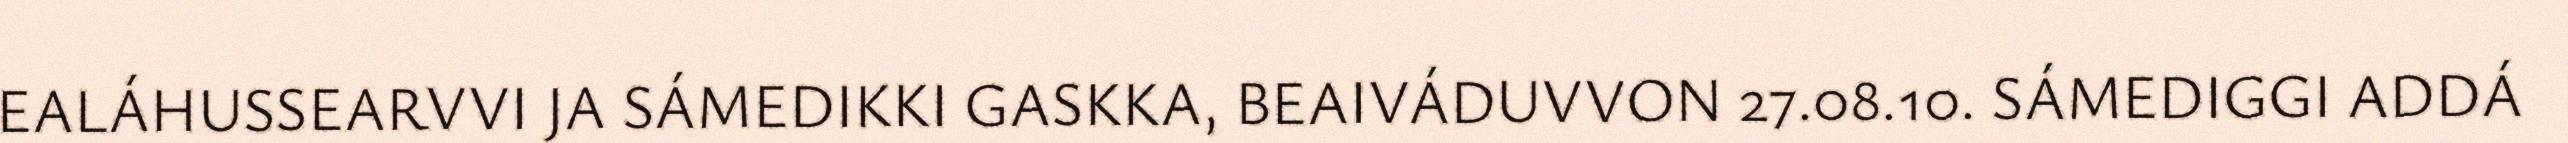
EALÁHUSSEARVVI JA SÁMEDIKKI GASKKA, BEAIVÁDUVVON 27.08.10. SÁMEDIGGI ADDÁ